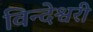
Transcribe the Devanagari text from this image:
विन्देश्वरी